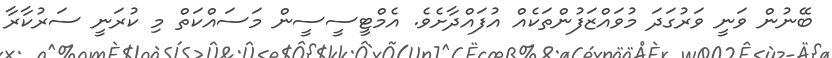
ބޭނުން ވަނީ ވަރުގަދަ މުވައްޒަފުންތަކެއް އުފައްދާށެވެ. އެމްޓީސީސީން މަސައްކަތް މި ކުރަނީ ސަރުކާރާ